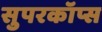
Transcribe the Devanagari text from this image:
सुपरकॉप्स